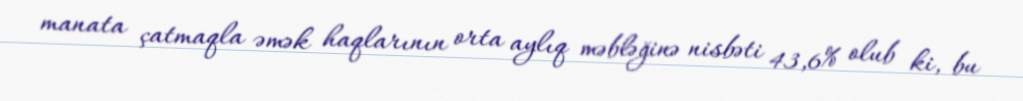
manata çatmaqla əmək haqlarının orta aylıq məbləğinə nisbəti 43,6% olub ki, bu